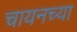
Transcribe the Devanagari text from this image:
चायनच्या